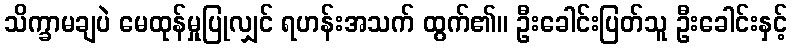
သိက္ခာမချပဲ မေထုန်မှုပြုလျှင် ရဟန်းအသက် ထွက်၏။ ဦးခေါင်းပြတ်သူ ဦးခေါင်းနှင့်